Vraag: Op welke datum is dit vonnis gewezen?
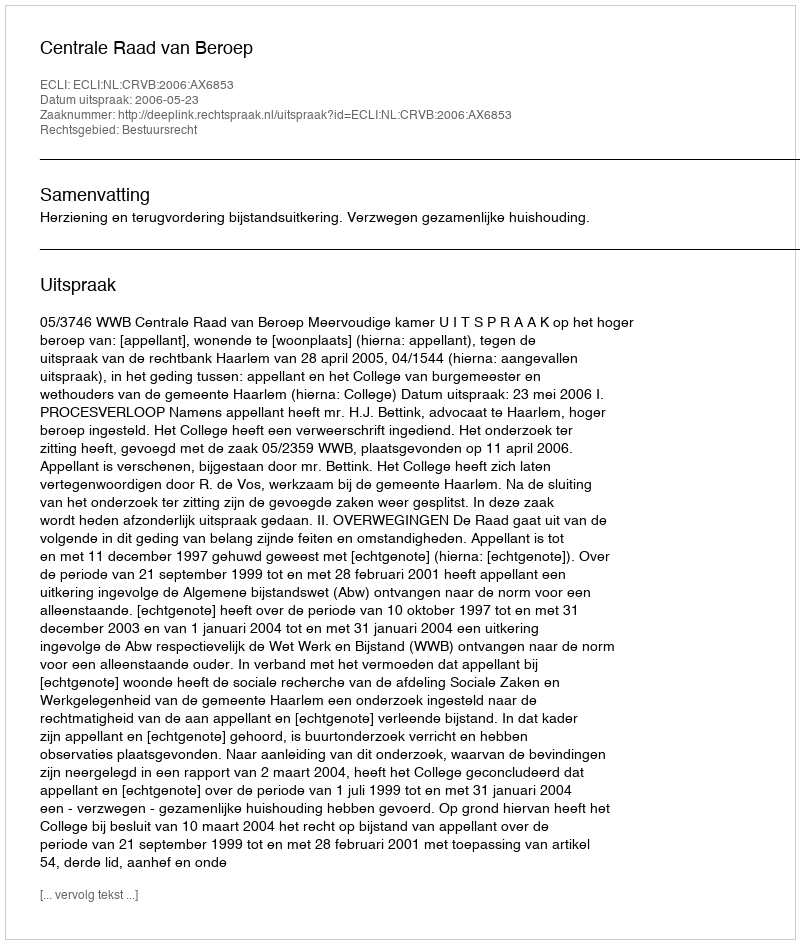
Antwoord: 2006-05-23